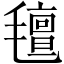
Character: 氊